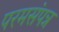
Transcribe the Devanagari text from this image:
परमसंपन्न